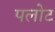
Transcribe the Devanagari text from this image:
पलोट